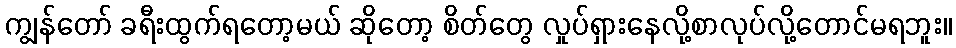
ကျွန်တော် ခရီးထွက်ရတော့မယ် ဆိုတော့ စိတ်တွေ လှုပ်ရှားနေလို့စာလုပ်လို့တောင်မရဘူး။